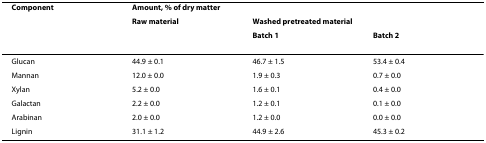
| Component | <COLSPAN=3> Amount, % of dry matter |
 |  | Raw material | <COLSPAN=2> Washed pretreated material |
 |  |  | Batch 1 | Batch 2 |
 | --- | --- | --- | --- |
 | Glucan | 44.9 ± 0.1 | 46.7 ± 1.5 | 53.4 ± 0.4 |
 | Mannan | 12.0 ± 0.0 | 1.9 ± 0.3 | 0.7 ± 0.0 |
 | Xylan | 5.2 ± 0.0 | 1.6 ± 0.1 | 0.4 ± 0.0 |
 | Galactan | 2.2 ± 0.0 | 1.2 ± 0.1 | 0.1 ± 0.0 |
 | Arabinan | 2.0 ± 0.0 | 1.2 ± 0.0 | 0.0 ± 0.0 |
 | Lignin | 31.1 ± 1.2 | 44.9 ± 2.6 | 45.3 ± 0.2 |